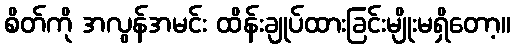
စိတ်ကို အလွန်အမင်း ထိန်းချုပ်ထားခြင်းမျိုးမရှိတော့။